Scottish Leaving Certificate Examination, 1959
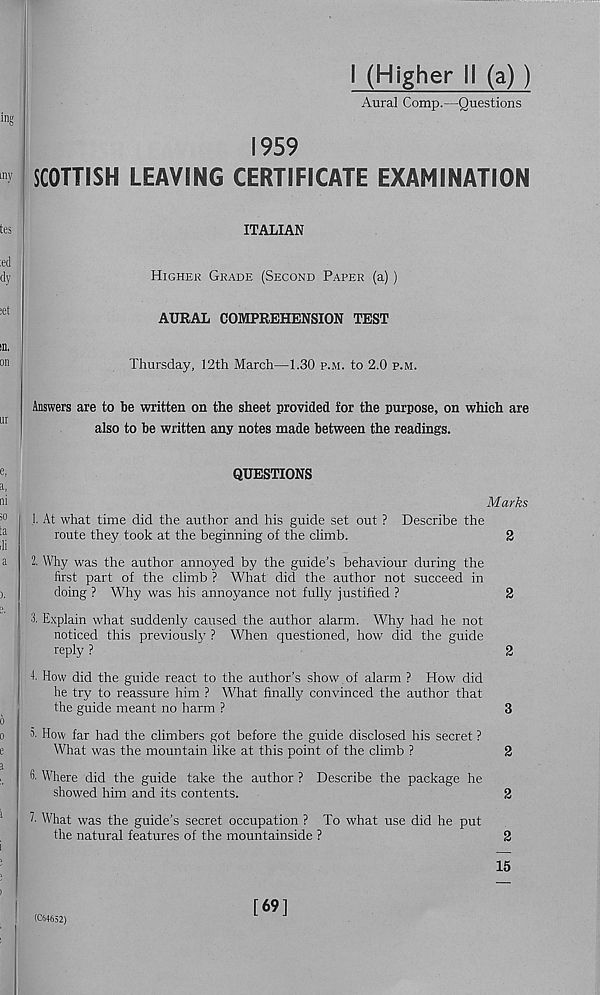
1 (Higher 11 (a) )
Aural Comp.—Questions
1959
SCOTTISH LEAVING CERTIFICATE EXAMINATION
ITALIAN
Higher Grade (Second Paper (a))
AURAL COMPREHENSION TEST
Thursday, 12th March—1.30 p.m. to 2.0 p.m.
Answers are to be written on the sheet provided for the purpose, on which are
also to be written any notes made between the readings.
QUESTIONS
Marks
J. At what time did the author and his guide set out ? Describe the
route they took at the beginning of the climb.
2
2, Why was the author annoyed by the guide’s behaviour during the
first part of the climb ? What did the author not succeed in
doing ? Why was his annoyance not fully justified ?
2
3- Explain what suddenly caused the author alarm. Why had he not
noticed this previously ? When questioned, how did the guide
reply ?
2
1. How did the guide react to the author’s show of alarm ? How did
he try to reassure him ? What finally convinced the author that
the guide meant no harm ?
3
5- How far had the climbers got before the guide disclosed his secret ?
What was the mountain like at this point of the climb ?
2
3- Where did the guide take the author ? Describe the package he
showed him and its contents.
2
l What was the guide’s secret occupation ? To what use did he put
the natural features of the mountainside ?
2
15
(C64652)
[69]